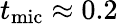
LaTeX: t_{\mathrm{mic}}\approx 0.2